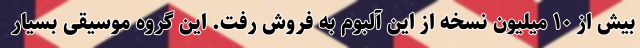
بیش از ۱۰ میلیون نسخه از این آلبوم به فروش رفت. این گروه موسیقی بسیار